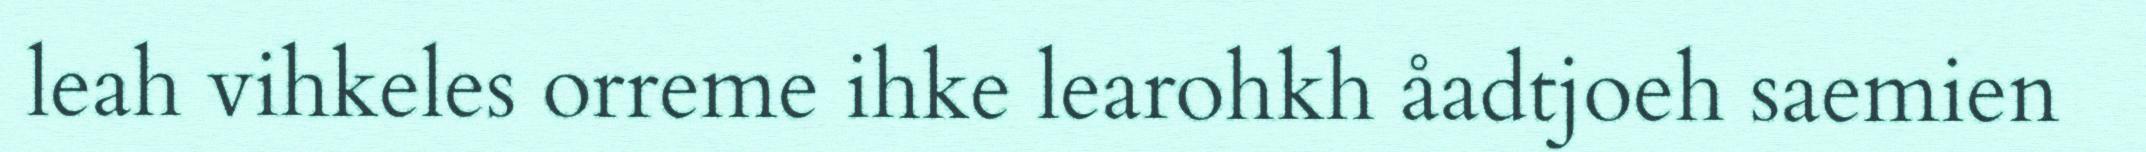
leah vihkeles orreme ihke learohkh åadtjoeh saemien